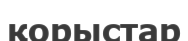
қорыстар